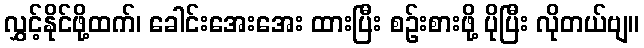
လွှင့်နိုင်ဖို့ထက်၊ ခေါင်းအေးအေး ထားပြီး စဉ်းစားဖို့ ပိုပြီး လိုတယ်ဗျ။